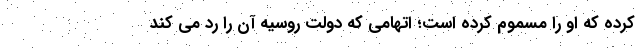
کرده که او را مسموم کرده است؛ اتهامی که دولت روسیه آن را رد می کند